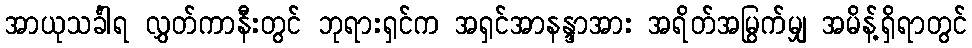
အာယုသင်္ခါရ လွှတ်ကာနီးတွင် ဘုရားရှင်က အရှင်အာနန္ဒာအား အရိတ်အမြွက်မျှ အမိန့်ရှိရာတွင်